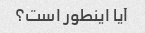
آیا اینطور است؟